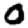
Digit: 0